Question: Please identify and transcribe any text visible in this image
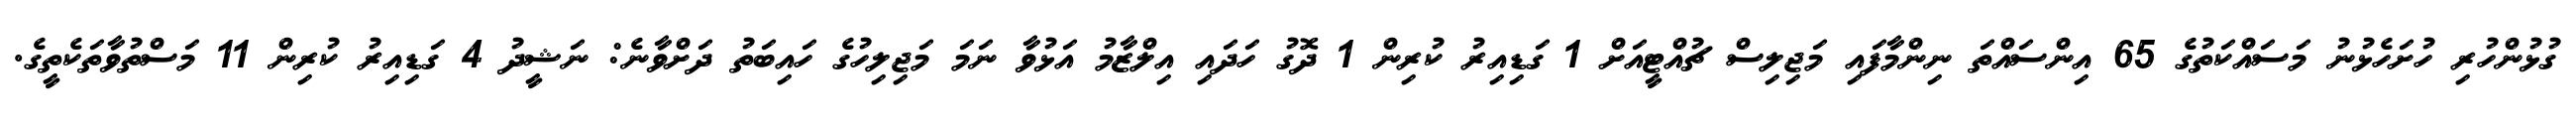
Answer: ގުޅުންހުރި ހުށަހެޅުނު މަސައްކަތުގެ 65 އިންސައްތަ ނިންމާފައި މަޖިލިސް ޗުއްޓީއަށް 1 ގަޑިއިރު ކުރިން 1 ދޮގު ހަދައި އިލްޒާމު އަޅުވާ ނަމަ މަޖިލިހުގެ ހައިބަތު ދަށްވާނެ: ނަޝީދު 4 ގަޑިއިރު ކުރިން 11 މަސްތުވާތަކެތީގެ.